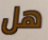
هل